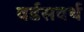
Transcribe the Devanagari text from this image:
वर्डसवर्थ